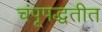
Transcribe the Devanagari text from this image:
चंपूपद्धतीत